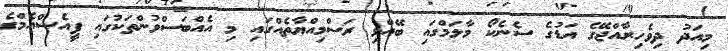
މިއަދު ދިވެހިރާއްޖޭގެ އަޑުގެ ސެނެކޯ މާލަމްގައި ބޭއްވި ރަސްމިއްޔާތެއްގައި މި އެއްބަސްވުންތަކުގައި ޕީއެސްއެމްގެ